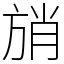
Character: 𰕩